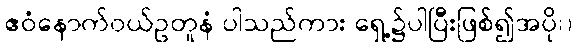
ဧဝံနောက်ဝယ်ဥတူနံ ပါသည်ကား ရှေ့၌ပါပြီးဖြစ်၍အပို၊)